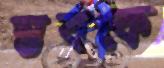
স্তবকে